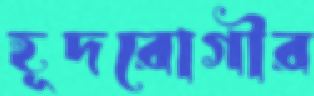
হূদরোগীর